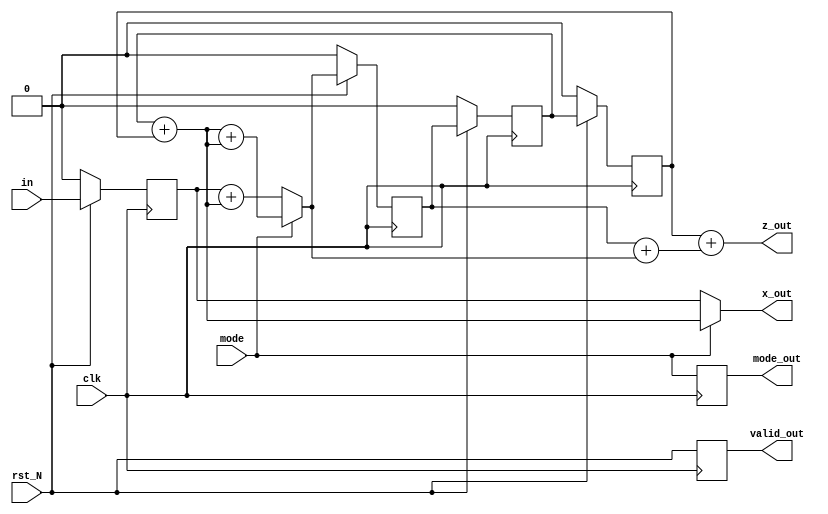

module rsc(clk, in, x_out, z_out, rst_N, mode, mode_out, valid_out);

   input    clk, in, rst_N, mode;
   output x_out, z_out, mode_out, valid_out;

   wire   clk, in, rst_N, mode;         // 1-bit wide
   reg   x_out, z_out, valid_out, mode_out;       // 1-bit wide

   reg IN, d1, d2, d3; 
   reg n1, n2, n3, n4; 

   always @(posedge clk) begin 

      if(rst_N == 1'b0) begin 
         d1 <= 1'b0; 
         d2 <= 1'b0; 
         d3 <= 1'b0; 
         IN <= 1'b0; 
      end
      else begin  
         d3 <= d2; 
         d2 <= d1; 
         d1 <= n1; 
         IN <= in;    
      end

      valid_out <= rst_N; 
      mode_out <= mode; 

   end

   always @(*) begin 

      n4 = d2 + d3;
      if(mode == 1'b0)          
         n1 = IN + n4;
      else 
         n1 = n4 + n4;

      n2 = d1 + n1; 
      n3 = d3 + n2;  
      


      if(mode == 1'b0) 
         x_out = IN; 
      else 
         x_out = n4; 
    
      z_out = n3; 
      
   end

endmodule